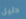
دليل